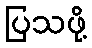
ပြသဖို့